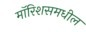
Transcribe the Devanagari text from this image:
मॉरिशसमधील